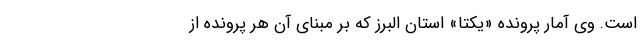
است. وی آمار پرونده «یکتا» استان البرز که بر مبنای آن هر پرونده از